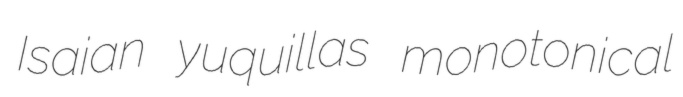
Isaian yuquillas monotonical